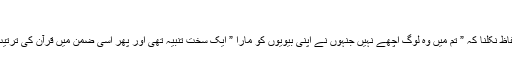
‘
یعنی اللہ کے نبیؐ کے منہ سے ان مردوں کے لیے یہ الفاظ نکلنا کہ ” تم میں وہ لوگ اچھے نہیں جنہوں نے اپنی بیویوں کو مارا ” ایک سخت تنبیہ تھی اور پھر اسی ضمن میں قرآن کی ترتیب بہت ہی بہترین ہے جو عقل پر بھی دلالت کرتی ہے ۔